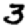
Digit: 3